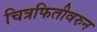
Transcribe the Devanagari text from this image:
चित्रफितीवरुन